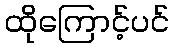
ထိုကြောင့်ပင်